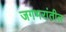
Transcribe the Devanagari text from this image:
जगभरांतील